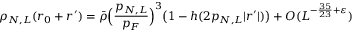
\rho _ { N , L } ( r _ { 0 } + r ^ { \prime } ) = \bar { \rho } \Bigl ( \frac { p _ { N , L } } { p _ { F } } \Bigr ) ^ { 3 } \bigl ( 1 - h ( 2 p _ { N , L } | r ^ { \prime } | ) \bigr ) + O ( L ^ { - \frac { 3 5 } { 2 3 } + \varepsilon } )